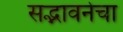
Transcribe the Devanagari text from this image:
सद्भावनेचा